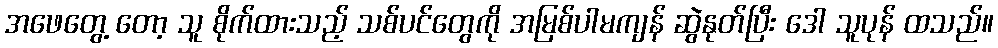
အဖေတွေ့ တော့ သူ စိုက်ထားသည့် သစ်ပင်တွေကို အမြစ်ပါမကျန် ဆွဲနုတ်ပြီး ဒေါ သူပုန် ထသည်။